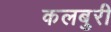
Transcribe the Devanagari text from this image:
कलबुरी